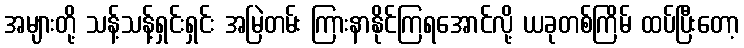
အများတို့ သန့်သန့်ရှင်းရှင်း အမြဲတမ်း ကြားနာနိုင်ကြရအောင်လို့ ယခုတစ်ကြိမ် ထပ်ပြီးတော့